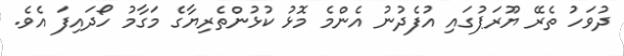
ދުވަހު ތެރޭ ޔޫރަޕުގައި އުފެދުނު އެންމެ މޮޅު ކުޅުންތެރިޔާގެ މަގާމު ހޯދައިފަ އެވެ.